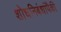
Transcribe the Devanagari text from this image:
शोधनिबंधांपैकी